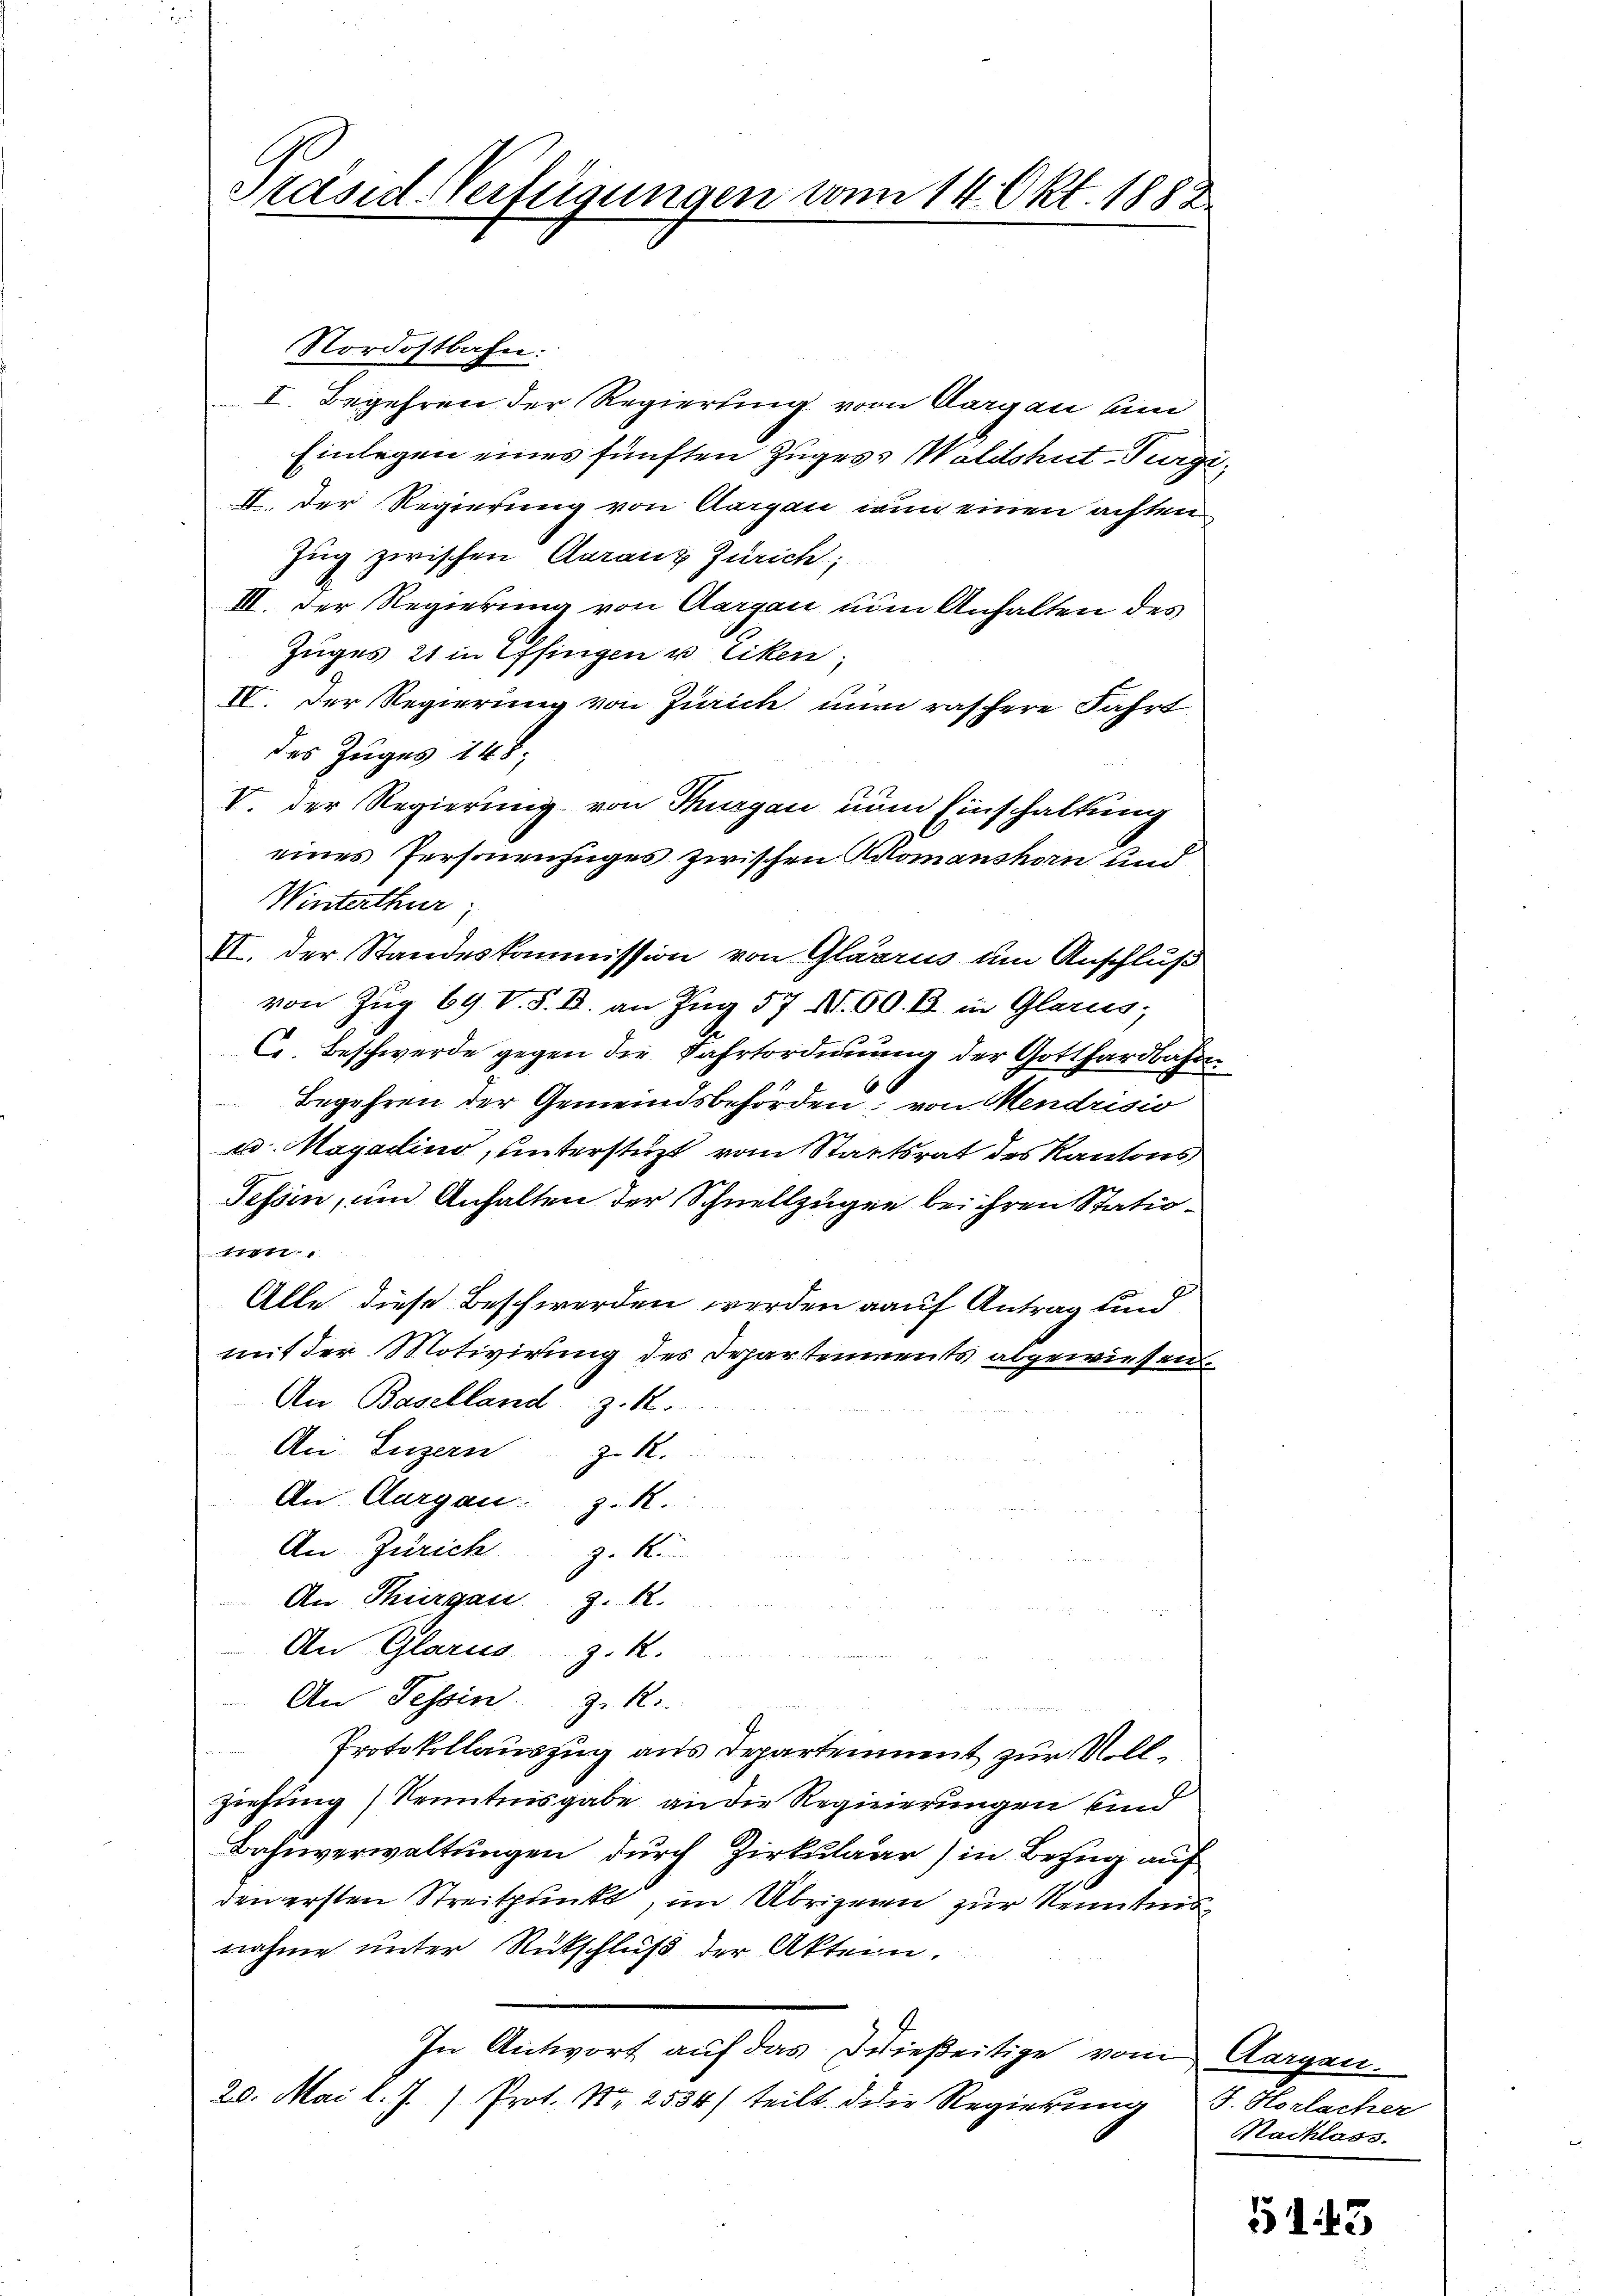
C
Präsid-Verfügungen von 14. Okt. 1882

I. Begehren der Regierung von Aargau un
Einlegen eines fünften Zuges Waldshut-Purgi¬
II. Der Regierung von Aargau wun einen achten
Zug zwischen Garanz Zürich;
III. Der Regierung von Aargau num Anhalten des
Zuges 21 in Pfingen u. Liken,
IV. Der Regierung von Zürich nun raschere Fahrt
des Zuges 148,
V. der Regierung von Thurgau zum Einschaltung
eines Personenzuges zwischen Komanshorn und
Winterthur;
II. Der Standeskommission von Glarus um Anschluß
von Zug 69 V. S. B. an Zug 57 No. 50. B. in Glarus;
C. Beschwerde gegen die Fahrtordnung der Gotthardbahre
Begehren der Gemeindsbehörden, von Mendrisio
u. Magadino, unterstüzt vom Staatsrat des Kantons
Tessin, um Anhalten der Schnellzügen bei ihren Statioi
Alle diese Beschwerden werden auf Antrag und
mit der Motivirung des Departenments abgewiesen.
An Baselland z. K.
An: Luzern z. R.
An Aargau. z. R.
An Zürich z. K.
An Thurgau z. R.
An Glarus z. R.
An Tessin z. R.
n
Protokollauszug aus Departement zur Vollziehung Kenntnisgabe an die Regierungen sind
Bahnverwaltungen durch Zirkulaar) in Bezug auf
den ersten Streitpunkt, im Übrigenen zur Kenntnis
nahme unter Rückschluß der Akten.
In Antwort auf das Dießeitige vom Aargau¬
20. Mai l. J. ) Prot. Nr. 2534/ teilt die Regierung

Nordostbahn:

J. Horlacher
Nachlass.

5143